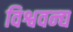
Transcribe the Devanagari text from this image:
विश्ववन्द्य